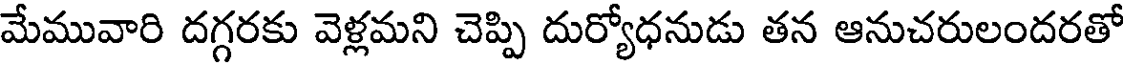
మేమువారి దగ్గరకు వెళ్లమని చెప్పి దుర్యోధనుడు తన ఆనుచరులందరతో